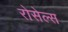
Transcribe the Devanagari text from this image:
रोसेल्स